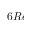
6 R e